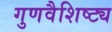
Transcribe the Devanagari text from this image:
गुणवैशिष्ट्य